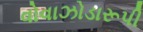
વોવાઝોડારૂપી